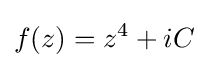
f(z)=z^{4}+iC